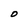
Character: O